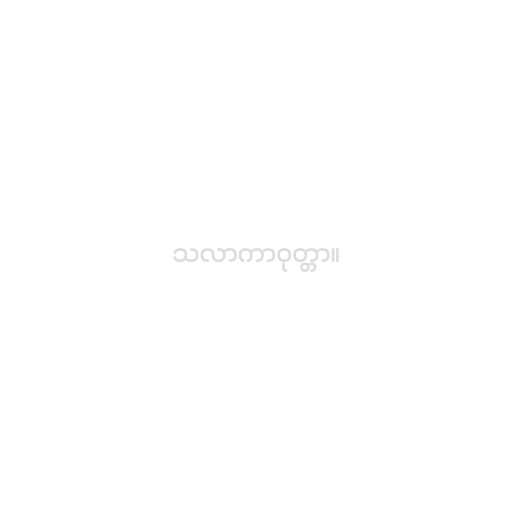
သလာကာဝုတ္တာ။